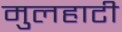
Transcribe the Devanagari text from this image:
मुलहाटी